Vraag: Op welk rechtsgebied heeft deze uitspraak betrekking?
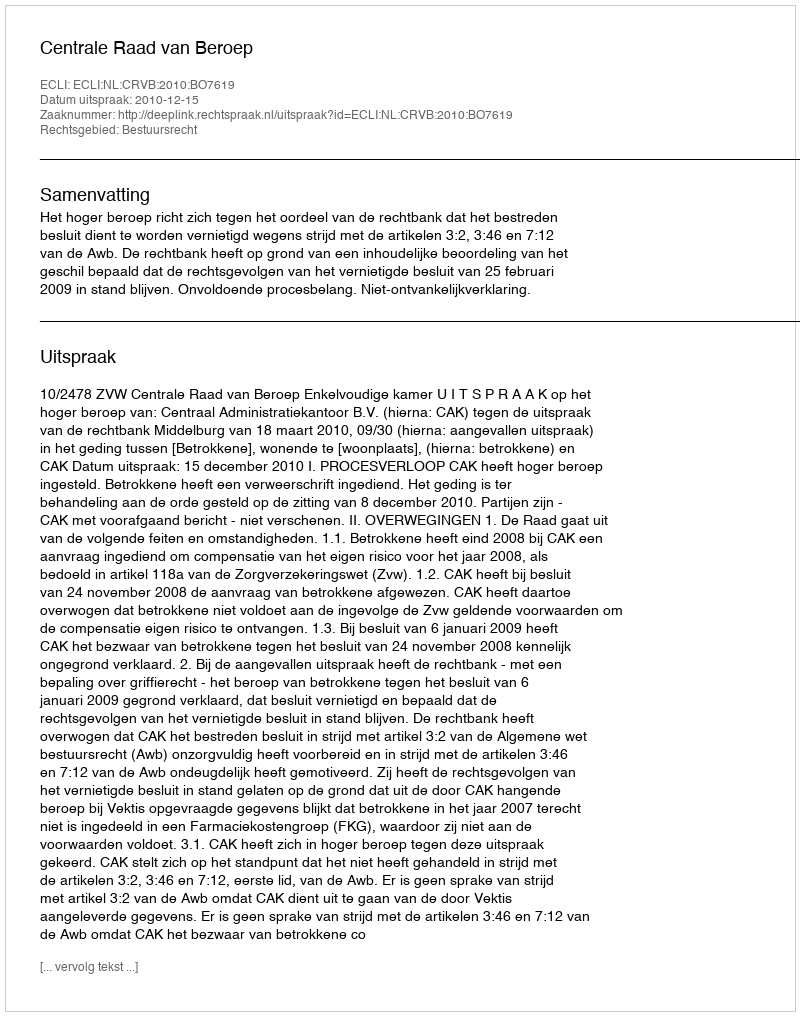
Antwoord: Bestuursrecht